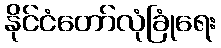
နိုင်ငံတော်လုံခြုံရေး